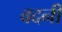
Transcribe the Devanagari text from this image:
वदनी